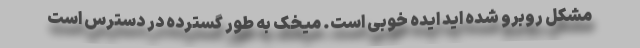
مشکل روبرو شده اید ایده خوبی است. میخک به طور گسترده در دسترس است